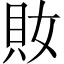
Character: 𧴱